Indian journal of veterinary science and animal husbandry - Volume 8,
Year: 1938
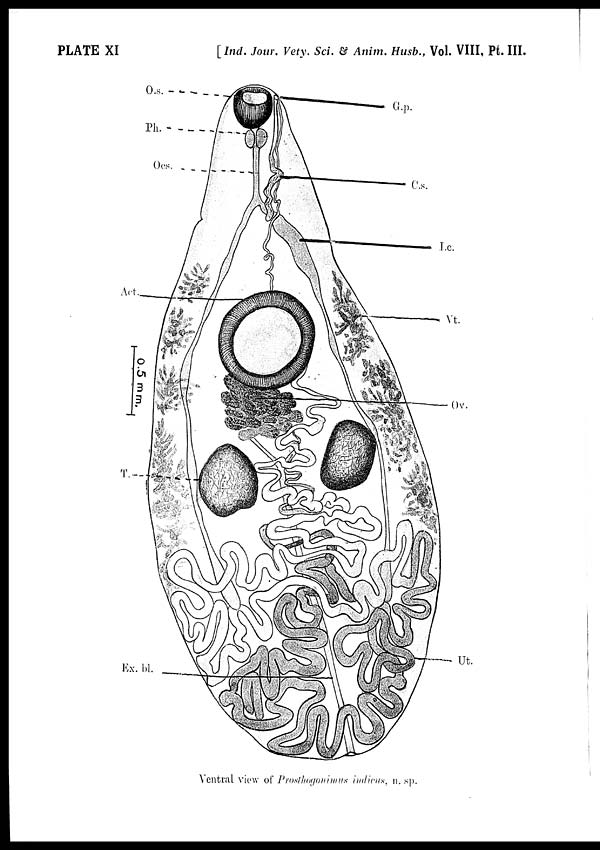
PLATE XI
[Ind. Jour. Vety. Sci. & Anim. Husb., Vol. VIII, Pt. III.
Ventral view of Prosthogonimus indicus, n. sp.